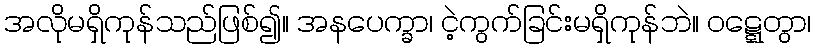
အလိုမရှိကုန်သည်ဖြစ်၍။ အနပေက္ခာ၊ ငဲ့ကွက်ခြင်းမရှိကုန်ဘဲ။ ဝဋ္ဋေတွာ၊